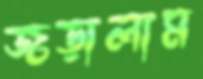
জড়ালাম